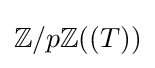
\mathbb {Z} /p\mathbb {Z} ((T))